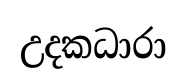
උදකධාරා